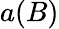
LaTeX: a(B)